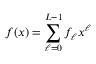
f ( x ) = \sum _ { \ell = 0 } ^ { L - 1 } f _ { \ell } x ^ { \ell }